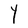
Character: Y